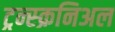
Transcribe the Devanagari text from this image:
ट्रन्स्क्रनिअल